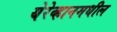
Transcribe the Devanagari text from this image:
येरेव्हानमधील